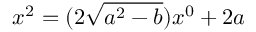
x ^ { 2 } = ( 2 { \sqrt { a ^ { 2 } - b } } ) x ^ { 0 } + 2 a